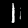
Digit: 1